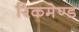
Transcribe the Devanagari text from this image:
रिकमेण्ड